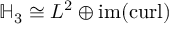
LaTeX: \mathbb { H } _ { 3 } \cong L ^ { 2 } \oplus \operatorname { i m } ( \operatorname { c u r l } )